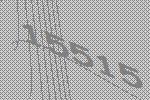
15515